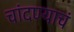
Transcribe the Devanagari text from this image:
चांदण्याचं